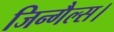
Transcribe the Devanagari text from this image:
जिन्गैल्स।